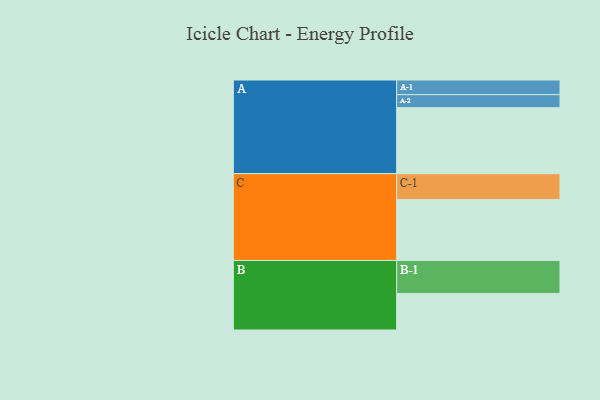
{"axis": {"x": "Segment", "y": "Value"}, "legend": ["", "A", "B", "C"], "data": [{"x": "A", "y": 563, "type": ""}, {"x": "B", "y": 312, "type": ""}, {"x": "C", "y": 519, "type": ""}, {"x": "A-1", "y": 125, "type": "A"}, {"x": "A-2", "y": 111, "type": "A"}, {"x": "B-1", "y": 281, "type": "B"}, {"x": "C-1", "y": 221, "type": "C"}]}